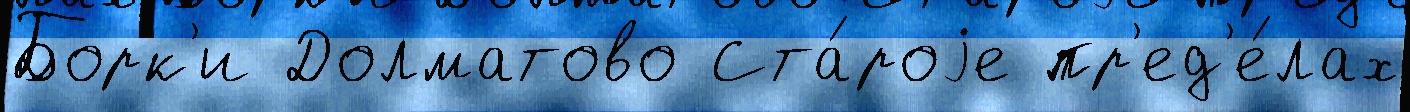
Борк'и Долматово Ста́роjе пр'ед'е́лах